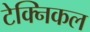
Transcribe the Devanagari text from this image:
टेक्‍निकल